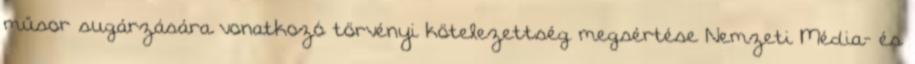
műsor sugárzására vonatkozó törvényi kötelezettség megsértése Nemzeti Média- és